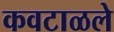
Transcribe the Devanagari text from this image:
कवटाळले